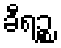
ခီရဉ္စ